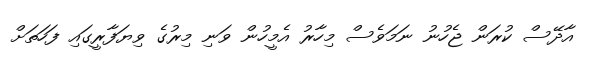
އާދޭސް ކުރަން ޖެހުނު ނަމަވެސް މިހާރު އެމީހުން ވަނި މިރުގެ ވިޔަފާރީގައި ފަހަތަށް